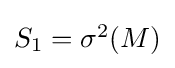
{\textstyle S_{1}=\sigma ^{2}(M)}